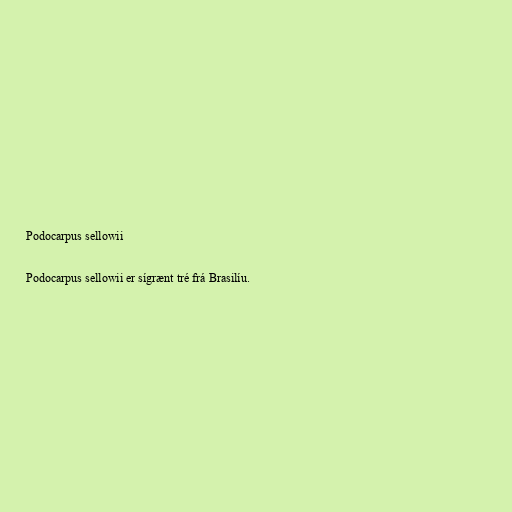
Podocarpus sellowii

Podocarpus sellowii er sígrænt tré frá Brasilíu.